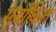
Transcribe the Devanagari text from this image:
सुर्यांकित